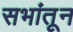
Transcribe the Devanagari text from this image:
सभांतून